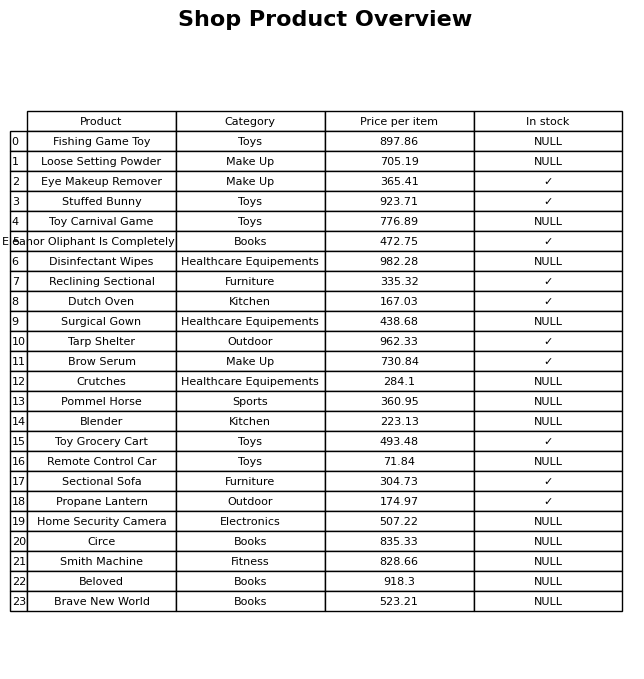
question: What is the price for Surgical Gown?
answer: The price of Surgical Gown is 438.68.